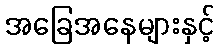
အခြေအနေများနှင့်